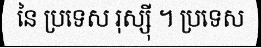
នៃ ប្រទេស រុស្ស៊ី ។ ប្រទេស